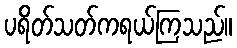
ပရိတ်သတ်ကရယ်ကြသည်။